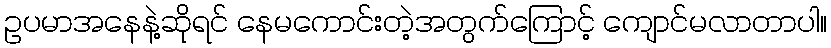
ဥပမာအနေနဲ့ဆိုရင် နေမကောင်းတဲ့အတွက်ကြောင့် ကျောင်မလာတာပါ။